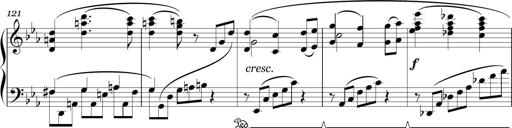
Title: Sonatina in E minor
Composer: Shuwen Zhang
Key: E minor